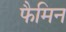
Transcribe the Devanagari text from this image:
फैमिन